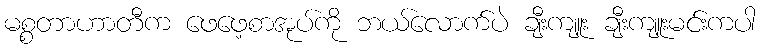
မစ္စတာဟာတီက ဖေဖေ့စာအုပ်ကို ဘယ်လောက်ပဲ ချီးကျူး ချီးကျူးမင်းကပါ